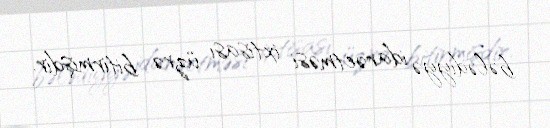
bələdiyyə idarəetməsi ixtisası üzrə bitirmişdir.